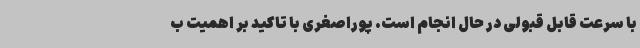
با سرعت قابل قبولی در حال انجام است. پوراصغری با تاکید بر اهمیت ب